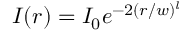
I ( r ) = I _ { 0 } e ^ { - 2 ( r / w ) ^ { l } }